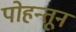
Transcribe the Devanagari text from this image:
पोहन्तून